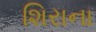
શિરાના